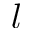
l